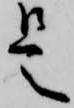
是